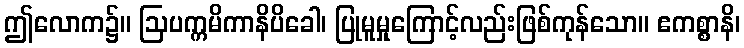
ဤလောက၌။ ဩပက္ကမိကာနိပိခေါ၊ ပြုမူမှုကြောင့်လည်းဖြစ်ကုန်သော။ ဧကစ္စာနိ၊